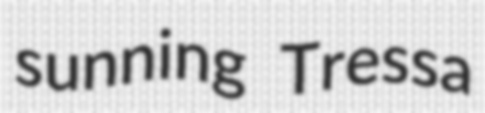
sunning Tressa